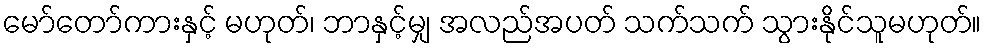
မော်တော်ကားနှင့် မဟုတ်၊ ဘာနှင့်မျှ အလည်အပတ် သက်သက် သွားနိုင်သူမဟုတ်။